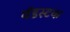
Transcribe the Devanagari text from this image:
वॅडस्टक